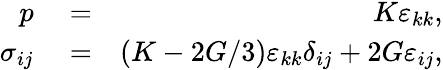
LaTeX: \begin{array}{rlr}{p}&{{}=}&{K\varepsilon_{kk},}\\ {\sigma_{ij}}&{{}=}&{(K-2G/3)\varepsilon_{kk}\delta_{ij}+2G\varepsilon_{ij},}\end{array}